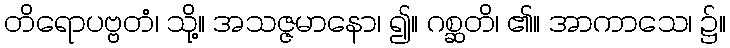
တိရောပဗ္ဗတံ၊ သို့။ အသဇ္ဇမာနော၊ ၍။ ဂစ္ဆတိ၊ ၏။ အာကာသေ၊ ၌။